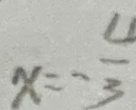
x = - \frac { 4 } { 3 }